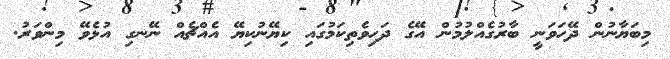
މިބަޔާނުން ދޭހަވަނީ ބާރުގެއްލުމުން އޭގެ ދަހިވެތިކަމުގައި ކިޔޭނުކިޔޭ އެއްޗެއް ނޭނގި އުޅެވޭ މިންވަރު.